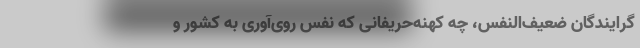
گرایندگان ضعیف‌النفس، چه کهنه‌حریفانی که نفْسِ روی‌آوری به کشور و